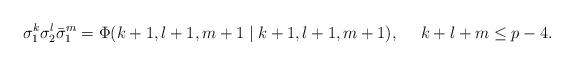
LaTeX: \begin{align*}\sigma_1^k \sigma_2^l \bar{\sigma}_1^m =\Phi(k+1,l+1,m+1\mid k+1,l+1,m+1),~~~~k+l+m \leq p-4.\end{align*}